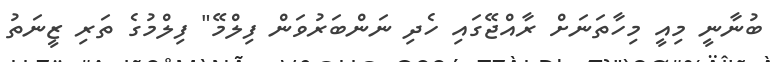
ބުނާނީ މިއީ މިހާތަނަށް ރާއްޖޭގައި ހެދި ނަންބަރުވަން ފިލްމޭ" ފިލްމުގެ ތަރި ޒީނަތު